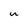
Character: u